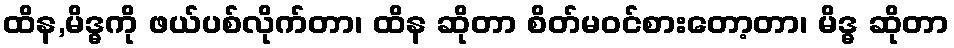
ထိန,မိဒ္ဓကို ဖယ်ပစ်လိုက်တာ၊ ထိန ဆိုတာ စိတ်မဝင်စားတော့တာ၊ မိဒ္ဓ ဆိုတာ